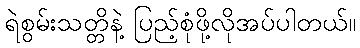
ရဲစွမ်းသတ္တိနဲ့ ပြည့်စုံဖို့လိုအပ်ပါတယ်။